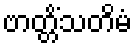
ဗာတ္တိံသတိမံ